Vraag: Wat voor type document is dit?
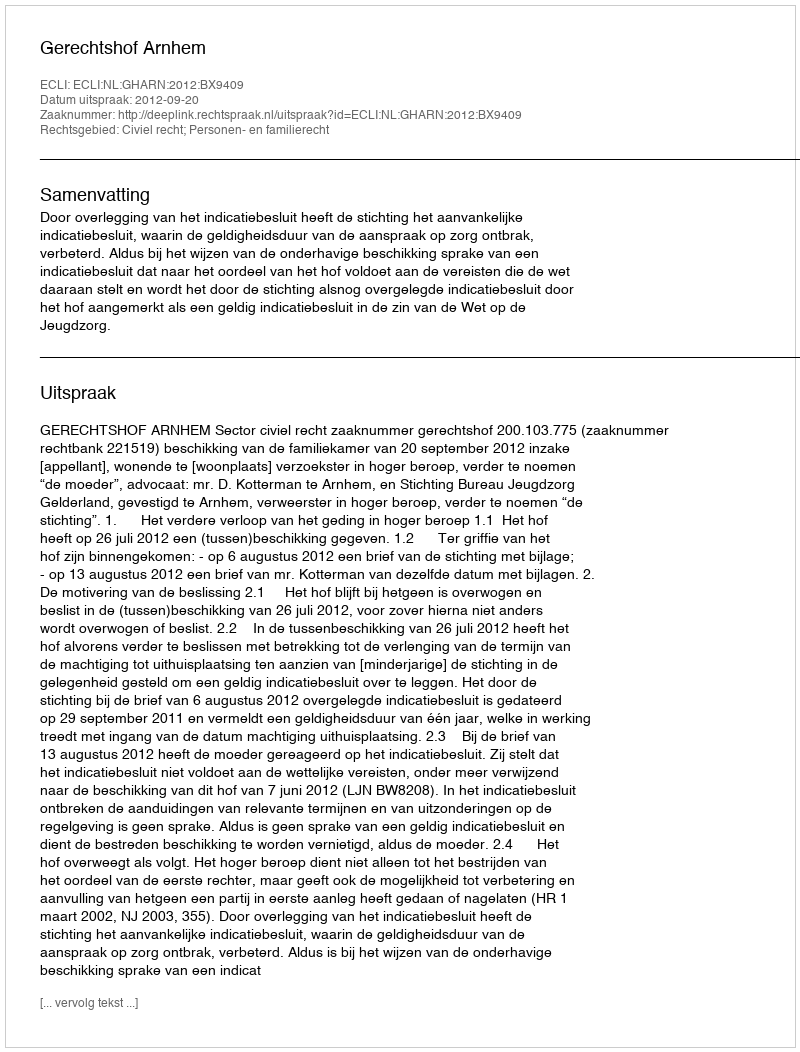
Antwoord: Uitspraak